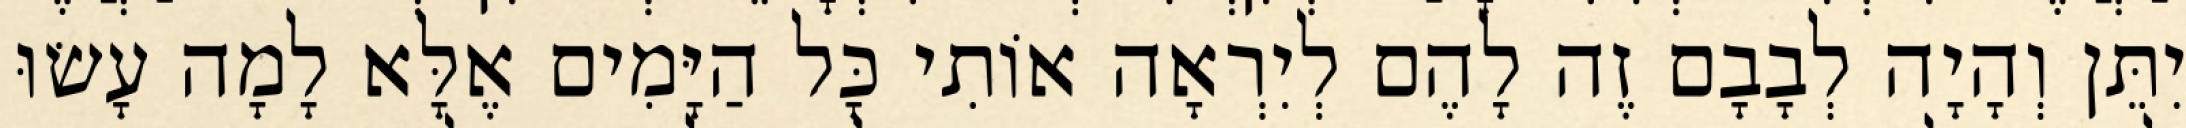
יִתֵּן וְהָיָה לְבָבָם זֶה לָהֶם לְיִרְאָה אוֹתִי כָּל הַיָּמִים אֶלָּא לָמָה עָשׂוּ